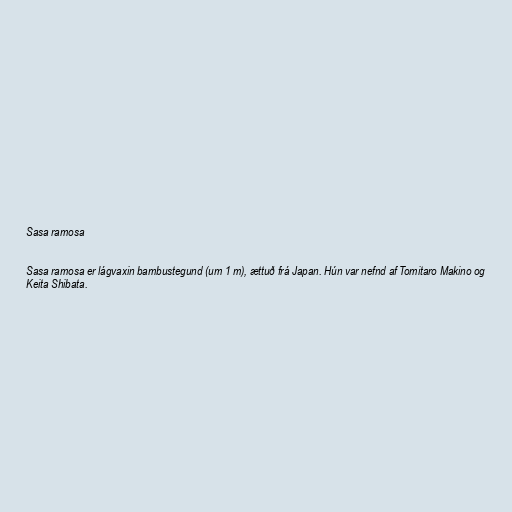
Sasa ramosa

Sasa ramosa er lágvaxin bambustegund (um 1 m), ættuð frá Japan. Hún var nefnd af Tomitaro Makino og
Keita Shibata.